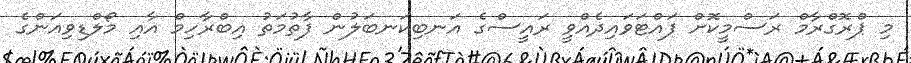
މި ޕްރޮގްރާމް ރަސްމީކޮށް ފައްޓަވައިދެއްވީ ރައީސްގެ އަނބިކަނބަލުން ފާތުމަތު އިބްރާހިމް އާއި މޯލްޑިވިއަންގެ